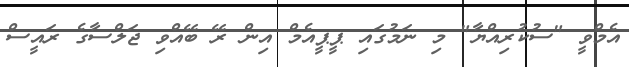
އެމްވީ "ސުކުރިއްޔާ" މި ނަމުގައި ޕީޕީއެމް އިން ރޭ ބޭއްވި ޖަލްސާގެ ރައީސް